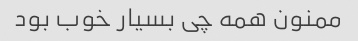
ممنون همه چی بسیار خوب بود